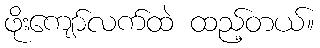
ဖိုးကျော်လက်ထဲ ထည့်တယ်။